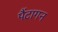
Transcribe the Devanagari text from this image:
पैंटागन